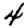
Digit: 4